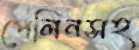
পেলিনসহ